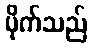
ပိုက်သည်